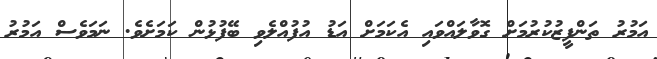
އަމުރު ތަންފީޒުކުރުމަށް ގޮވާލައްވައި އެކަމަށް އަޑު އުފުއްލެވި ބޭފުޅުން ކަމަށެވެ. ނަމަވެސް އަމުރު